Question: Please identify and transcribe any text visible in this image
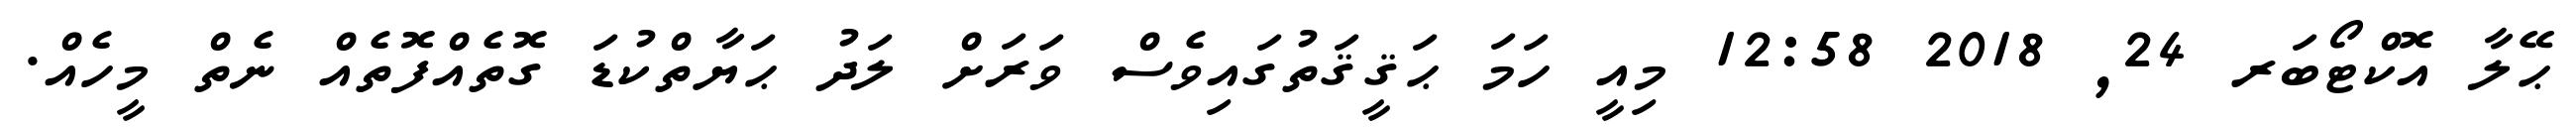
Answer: ޙޭލާ އޮކްޓޯބަރ 24, 2018 12:58 މިއީ ހަމަ ޙަޤީޤަތުގައިވެސް ވަރަށް ލަދު ޙަޔާތްކުޑަ ގޮތެއްފޮތެއް ނެތް މީހެއް.